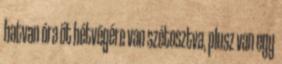
hatvan óra öt hétvégére van szétosztva, plusz van egy